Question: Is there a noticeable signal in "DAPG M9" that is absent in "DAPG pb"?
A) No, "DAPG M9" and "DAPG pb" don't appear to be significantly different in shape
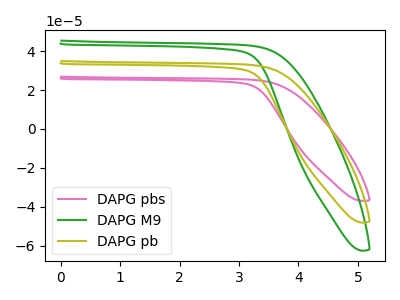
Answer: <think>The pink curve "DAPG pbs" has no peaks. The green curve "DAPG M9" has no peaks. The olive curve "DAPG pb" has no peaks.
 Neither "DAPG M9" or "DAPG pb" have any peaks.</think>
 <answer>A) No, "DAPG M9" and "DAPG pb" don't appear to be significantly different in shape</answer>
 <eval>A</eval>